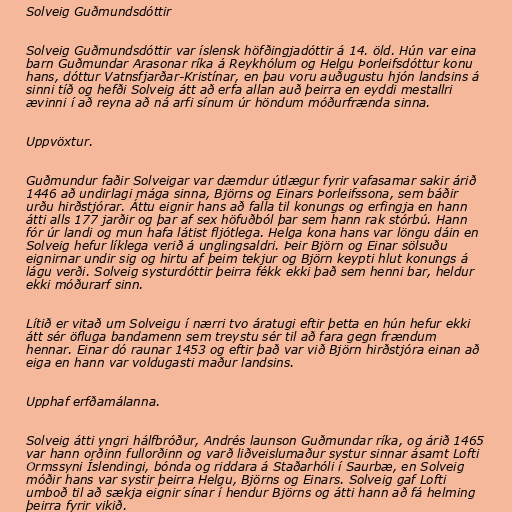
Solveig Guðmundsdóttir

Solveig Guðmundsdóttir var íslensk höfðingjadóttir á 14. öld. Hún var eina
barn Guðmundar Arasonar ríka á Reykhólum og Helgu Þorleifsdóttur konu
hans, dóttur Vatnsfjarðar-Kristínar, en þau voru auðugustu hjón landsins á
sinni tíð og hefði Solveig átt að erfa allan auð þeirra en eyddi mestallri
ævinni í að reyna að ná arfi sínum úr höndum móðurfrænda sinna.

Uppvöxtur.

Guðmundur faðir Solveigar var dæmdur útlægur fyrir vafasamar sakir árið
1446 að undirlagi mága sinna, Björns og Einars Þorleifssona, sem báðir
urðu hirðstjórar. Áttu eignir hans að falla til konungs og erfingja en hann
átti alls 177 jarðir og þar af sex höfuðból þar sem hann rak stórbú. Hann
fór úr landi og mun hafa látist fljótlega. Helga kona hans var löngu dáin en
Solveig hefur líklega verið á unglingsaldri. Þeir Björn og Einar sölsuðu
eignirnar undir sig og hirtu af þeim tekjur og Björn keypti hlut konungs á
lágu verði. Solveig systurdóttir þeirra fékk ekki það sem henni bar, heldur
ekki móðurarf sinn.

Lítið er vitað um Solveigu í nærri tvo áratugi eftir þetta en hún hefur ekki
átt sér öfluga bandamenn sem treystu sér til að fara gegn frændum
hennar. Einar dó raunar 1453 og eftir það var við Björn hirðstjóra einan að
eiga en hann var voldugasti maður landsins.

Upphaf erfðamálanna.

Solveig átti yngri hálfbróður, Andrés launson Guðmundar ríka, og árið 1465
var hann orðinn fullorðinn og varð liðveislumaður systur sinnar ásamt Lofti
Ormssyni Íslendingi, bónda og riddara á Staðarhóli í Saurbæ, en Solveig
móðir hans var systir þeirra Helgu, Björns og Einars. Solveig gaf Lofti
umboð til að sækja eignir sínar í hendur Björns og átti hann að fá helming
þeirra fyrir vikið.